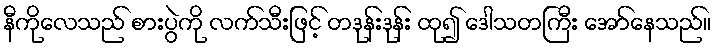
နီကိုလေသည် စားပွဲကို လက်သီးဖြင့် တဒုန်းဒုန်း ထု၍ ဒေါသတကြီး အော်နေသည်။